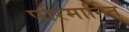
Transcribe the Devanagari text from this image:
परिमार्नित